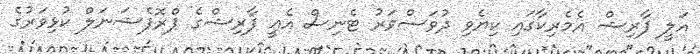
އަލީ ފާރިޝް އެމެރިކާގައި ކިޔެވި ދުވަސްވަރު ޓެނިސް އެއީ ފާރިޝްގެ ޕްރޮފެޝަނަލް ކުޅިވަރުގެ